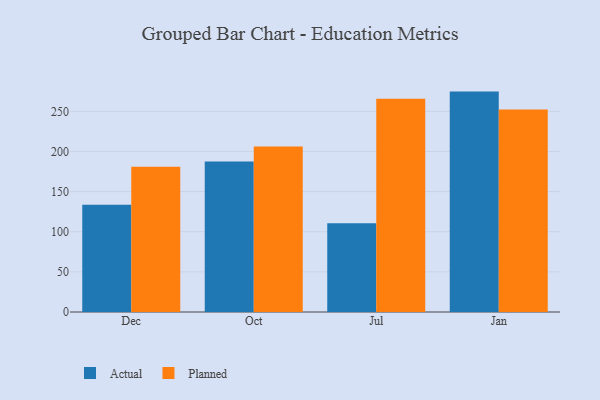
{"axis": {"x": "Month", "y": "Headcount"}, "legend": ["Actual", "Planned"], "data": [{"x": "Dec", "y": 133.6, "type": "Actual"}, {"x": "Dec", "y": 181.1, "type": "Planned"}, {"x": "Oct", "y": 187.5, "type": "Actual"}, {"x": "Oct", "y": 206.3, "type": "Planned"}, {"x": "Jul", "y": 110.7, "type": "Actual"}, {"x": "Jul", "y": 265.8, "type": "Planned"}, {"x": "Jan", "y": 274.6, "type": "Actual"}, {"x": "Jan", "y": 252.4, "type": "Planned"}]}